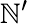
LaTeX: \mathbb{N}^{\prime}